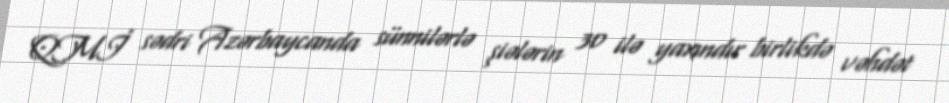
QMİ sədri Azərbaycanda sünnilərlə şiələrin 30 ilə yaxındır birlikdə vəhdət